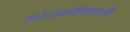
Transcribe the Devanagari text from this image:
सरदारकीखाली